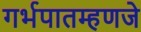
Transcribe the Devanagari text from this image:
गर्भपातम्हणजे